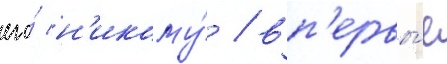
его́ н'икому́ / вп'ервы́е